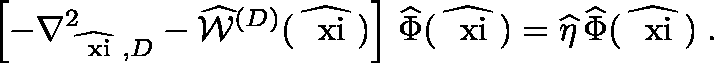
\left[ - \nabla _ { \widehat { \mathrm { \boldmath ~ \scriptstyle { \ x i } ~ } } , D } ^ { 2 } - \widehat { { \mathcal W } } ^ { ( { D } ) } ( \widehat { \mathrm { \boldmath ~ \ x i ~ } } ) \right] \, \widehat { \Phi } ( \widehat { \mathrm { \boldmath ~ \ x i ~ } } ) = \widehat { \eta } \, \widehat { \Phi } ( \widehat { \mathrm { \boldmath ~ \ x i ~ } } ) \; .